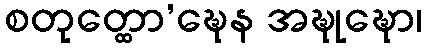
စတုတ္ထော’ဍ္ဎေန အဍ္ဎုဍ္ဎော၊